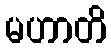
မဟာတိ